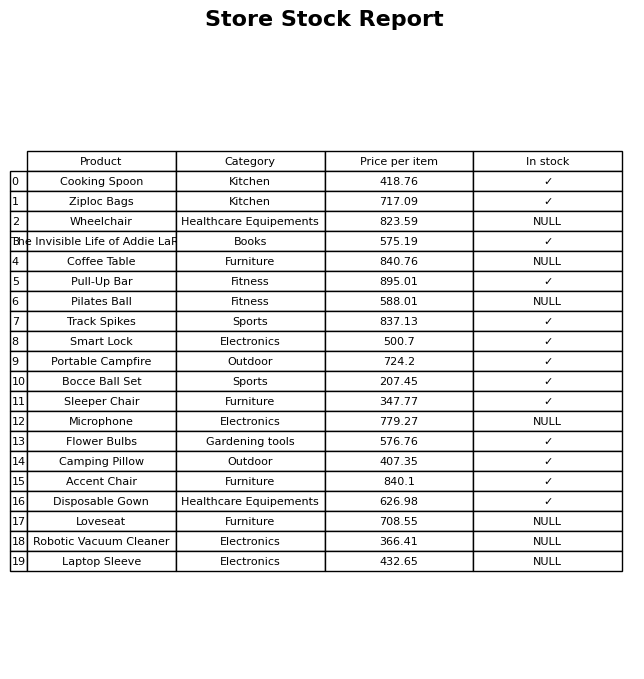
question: What is the stock status of the Pull-Up Bar?
answer: ✓